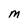
Character: M